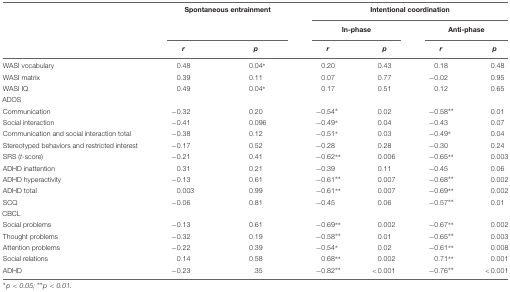
|  | <COLSPAN=2> Spontaneous entrainment | <COLSPAN=4> Intentional coordination |
 |  | <COLSPAN=2>  | <COLSPAN=2> In-phase | <COLSPAN=2> Anti-phase |
 |  | r | p | r | p | r | p |
 | --- | --- | --- | --- | --- | --- | --- |
 | WASI vocabulary | 0.48 | 0.04* | 0.20 | 0.43 | 0.18 | 0.48 |
 | WASI matrix | 0.39 | 0.11 | 0.07 | 0.77 | -0.02 | 0.95 |
 | WASI IQ | 0.49 | 0.04* | 0.17 | 0.51 | 0.12 | 0.65 |
 | <COLSPAN=6> ADOS |
 | Communication | -0.32 | 0.20 | -0.54* | 0.02 | -0.58** | 0.01 |
 | Social interaction | -0.41 | 0.096 | -0.49* | 0.04 | -0.43 | 0.07 |
 | Communication and social interaction total | -0.38 | 0.12 | -0.51* | 0.03 | -0.49* | 0.04 |
 | Stereotyped behaviors and restricted interest | -0.17 | 0.52 | -0.28 | 0.28 | -0.30 | 0.24 |
 | SRS (t-score) | -0.21 | 0.41 | -0.62** | 0.006 | -0.65** | 0.003 |
 | ADHD inattention | 0.31 | 0.21 | -0.39 | 0.11 | -0.45 | 0.06 |
 | ADHD hyperactivity | -0.13 | 0.61 | -0.61** | 0.007 | -0.68** | 0.002 |
 | ADHD total | 0.003 | 0.99 | -0.61** | 0.007 | -0.69** | 0.002 |
 | SCQ | -0.06 | 0.81 | -0.45 | 0.06 | -0.57** | 0.01 |
 | <COLSPAN=6> CBCL |
 | Social problems | -0.13 | 0.61 | -0.69** | 0.002 | -0.67** | 0.002 |
 | Thought problems | -0.32 | 0.19 | -0.58** | 0.01 | -0.65** | 0.003 |
 | Attention problems | -0.22 | 0.39 | -0.54* | 0.02 | -0.61** | 0.008 |
 | Social relations | 0.14 | 0.58 | 0.68** | 0.002 | 0.71** | 0.001 |
 | ADHD | -0.23 | .35 | -0.82** | <0.001 | -0.76** | <0.001 |